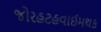
જોરહટહવાઈમથક